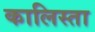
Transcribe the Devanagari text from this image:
कालिस्ता